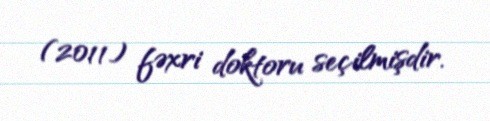
(2011) fəxri doktoru seçilmişdir.